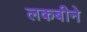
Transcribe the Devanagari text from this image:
लकबीने